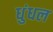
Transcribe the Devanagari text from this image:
धुंधल